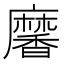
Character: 黁